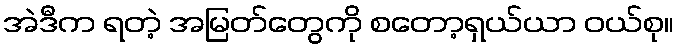
အဲဒီက ရတဲ့ အမြတ်တွေကို စတော့ရှယ်ယာ ဝယ်စု။